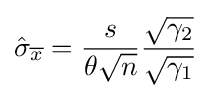
{\hat {\sigma }}_{\overline {x}}={\frac {s}{\theta {\sqrt {n}}}}{\frac {\sqrt {\gamma _{2}}}{\sqrt {\gamma _{1}}}}